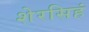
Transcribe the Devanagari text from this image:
शेरसिहं